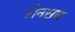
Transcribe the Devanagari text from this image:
रोनसार